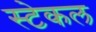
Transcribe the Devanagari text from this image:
स्टेकल